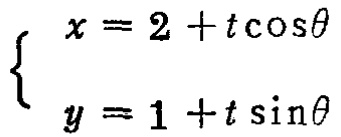
\[
\begin{cases}
x = 2 + t\cos\theta\\
y = 1 + t\sin\theta
\end{cases}
\]